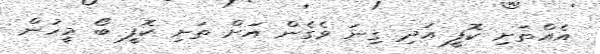
އެއްތަށި ކޮފީ އަދި ގިނަ ވެގެން އަށް ތަށި ކޮފީ ބޯ މީހުން